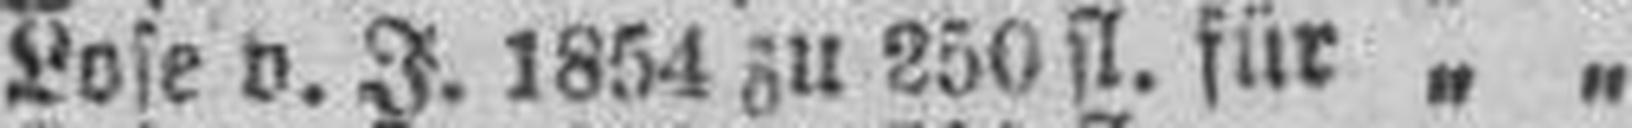
Lose v. J. 1854 zu 250 fl. für „ „